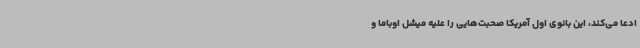
ادعا می‌کند، این بانوی اول آمریکا صحبت‌هایی را علیه میشل اوباما و